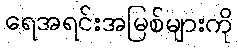
ရေအရင်းအမြစ်များကို